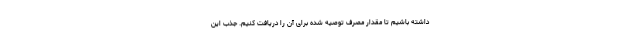
داشته باشیم تا مقدار مصرف توصیه شده برای آن را دریافت کنیم. جذب این